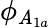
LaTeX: \phi_{\mathit{A}_{1a}}